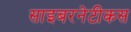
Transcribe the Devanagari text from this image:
साइबरनेटीकस